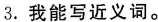
3. 我能写近义词。